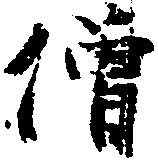
僧